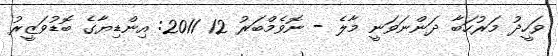
ވަހީދު މަރުހަބާ ދަންނަވަނީ މާލެ - ނޮވެމްބަރު 12 2011: އިންޑިޔާގެ ބޮޑުވަޒީރު